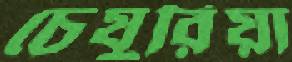
চেযুরিয়া